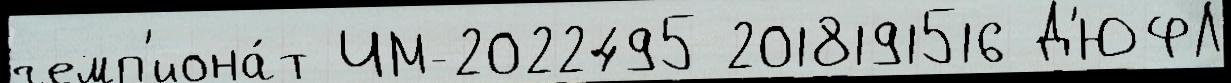
чемп'иона́т ЧМ-2022495 2018191516 Д'ЮФЛ